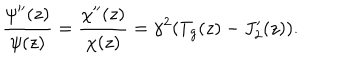
\frac { \psi ^ { \prime \prime } ( z ) } { \psi ( z ) } = \frac { \chi ^ { \prime \prime } ( z ) } { \chi ( z ) } = \gamma ^ { 2 } ( T _ { g } ( z ) - J _ { 2 } ^ { \prime } ( z ) ) .